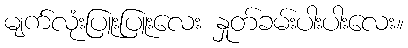
မျက်လုံးပြူးပြူးလေး နှုတ်ခမ်းပါးပါးလေး။